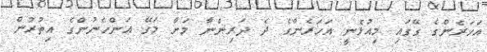
އަހަރެންގެ ގޭގައި މިއުޅެނީ އަހަރެންގެ ދެ ދަރިންނާ މަށާ މަގޭ އަންހެނުންގެ އިތުރުން